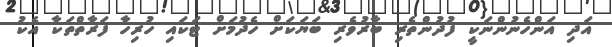
އަދި އަންހެނުންނަކީ ފުދުންތެރި ބާރުވެރި ބަޔަކަށް ހެދުމަށް ޓަކައި ހުރިހާ ފަރާތްތަކާ އެކު